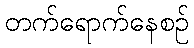
တက်ရောက်နေစဉ်